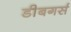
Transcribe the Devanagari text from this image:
डीबगर्स